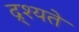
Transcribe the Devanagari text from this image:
द्र्श्यते